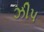
ઝીપ